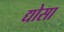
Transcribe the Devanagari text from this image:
द्योसा